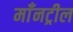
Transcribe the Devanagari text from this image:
माँनट्रील